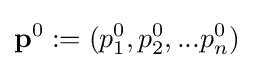
\mathbf {p} ^{0}:=(p_{1}^{0},p_{2}^{0},...p_{n}^{0})